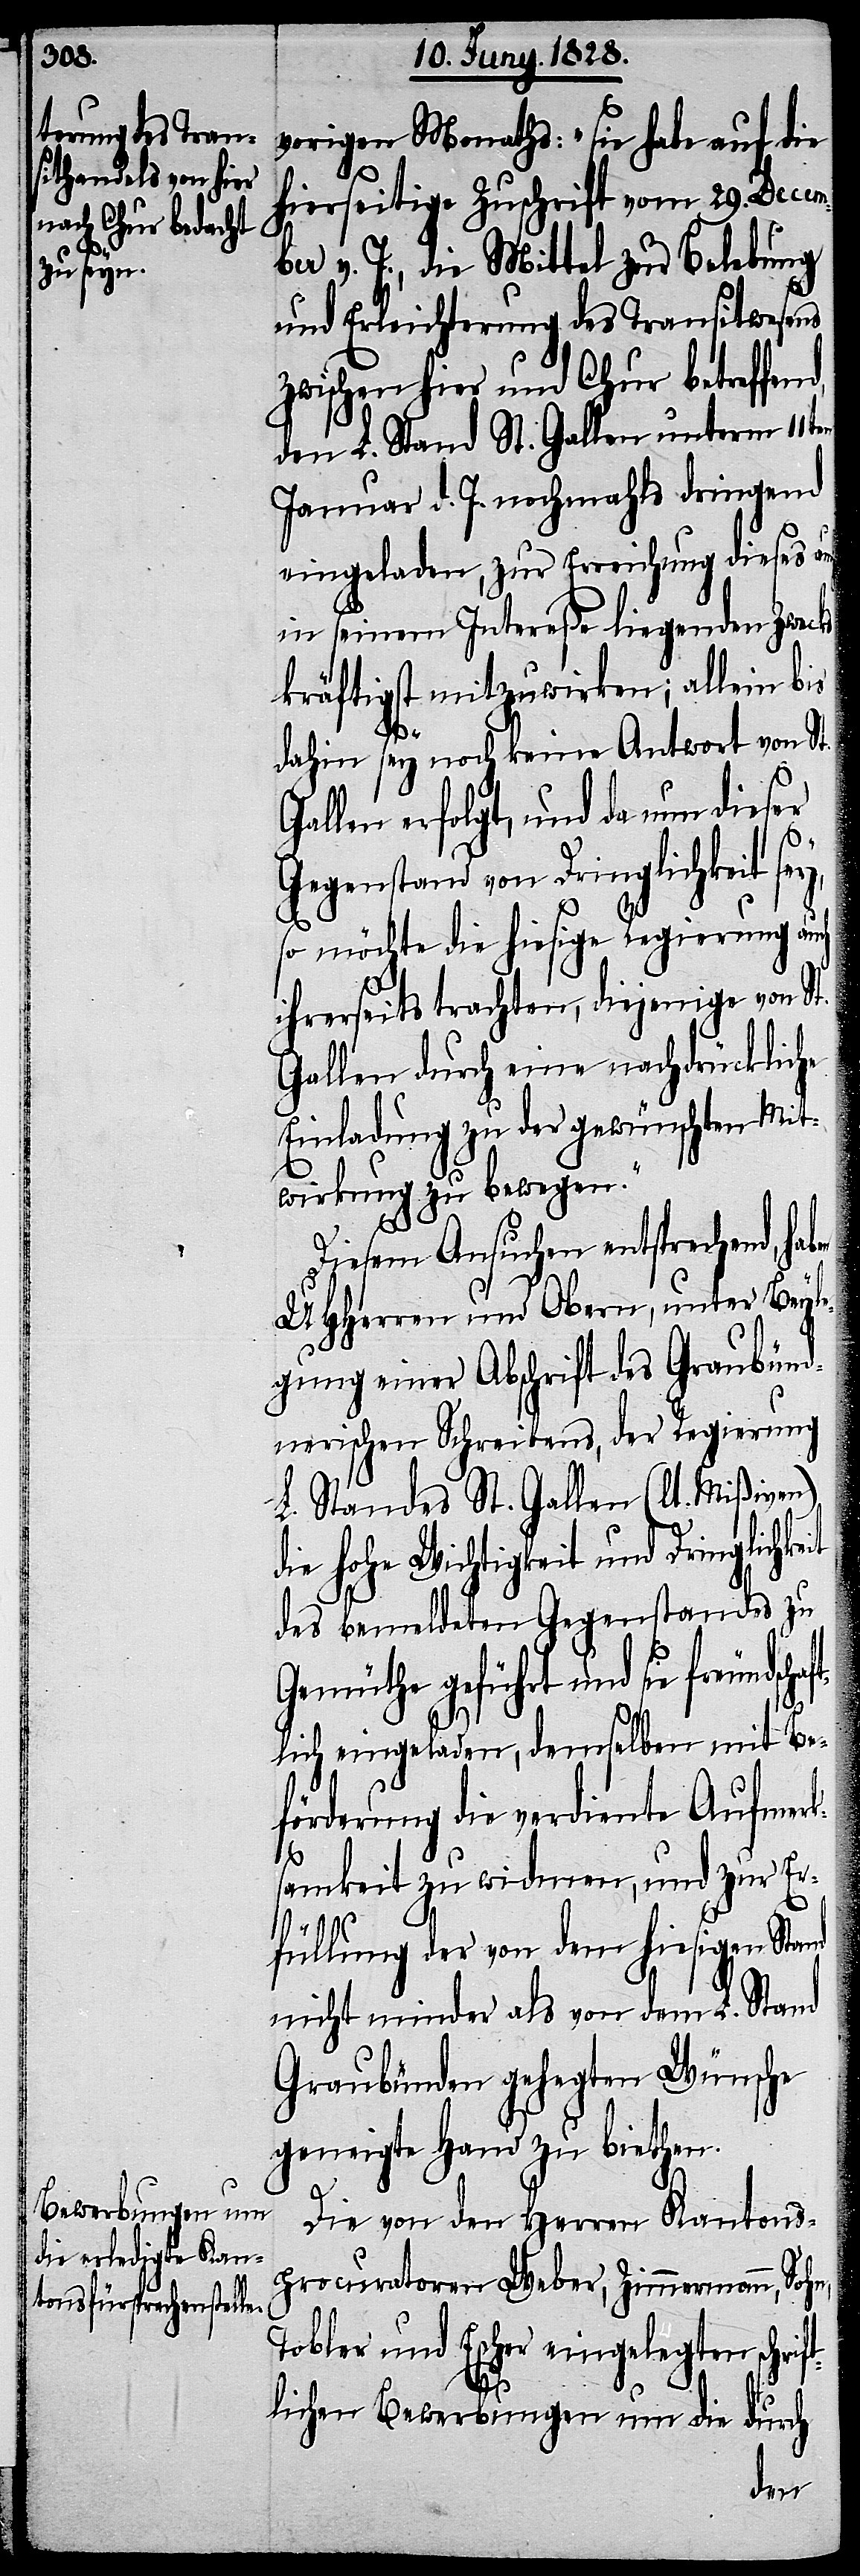
vorigen Monaths: „sie habe auf die
hierseitige Zuschrift vom 29. Decem¬
it
ber v. J., die Mittel zur Behebung
und Erleichterung des Transitwesens
zwischen hier und Chur betreffen¬
den L. Stand St. Gallen unterm 11ten
Januar d. J. nochmahls dringend
eingeladen, zur Erreichung dieses auch
in seinem Intereße liegenden Zwecks
kräftigst mitzuwirken; allein bis
dahin sey noch keine Antwort von St.
Gallen erfolgt, und da nun dieser
Gegenstand von Dringlichkeit
so möchte die hiesige Regierung au¬
ihrerseits trachten, diejenige von St.
Gallen durch eine nachdrückliche
Einladung zu der gewünschten Mit¬
wirkung zu bewegen.“
Diesem Ansuchen entsprechend, ha¬
UHHerren und Obern, unter Beyle¬
gung einer Abschrift des Graubünd¬
nerischen Schreibens, der Regierung
L. Standes St. Gallen (lt. Mißiven)
die hohe Wichtigkeit und Dringlichke¬
des bemeldeten Gegenstandes zu
Gemüthe geführt und sie freundsc¬
ft¬
lich eingeladen, demselben mit Be¬
förderung die verdiente Aufmerk¬
samkeit zu widmen, und zur Er¬
füllung der von dem hiesigen Stand
nicht minder als von dem L. Stand
Graubünden gehegten Wünsche
geneigte Hand zu biethen.
Die von den Herren Kantons¬
procuratoren Weber, Zimmermann, Sohn,
Tobler und Escher eingelegten schrif¬
tlichen Bewerbungen um die durch
ben